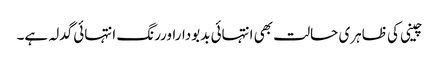
چینی کی ظاہری حالت بھی انتہائی بدبوداراوررنگ انتہائی گدلہ ہے۔